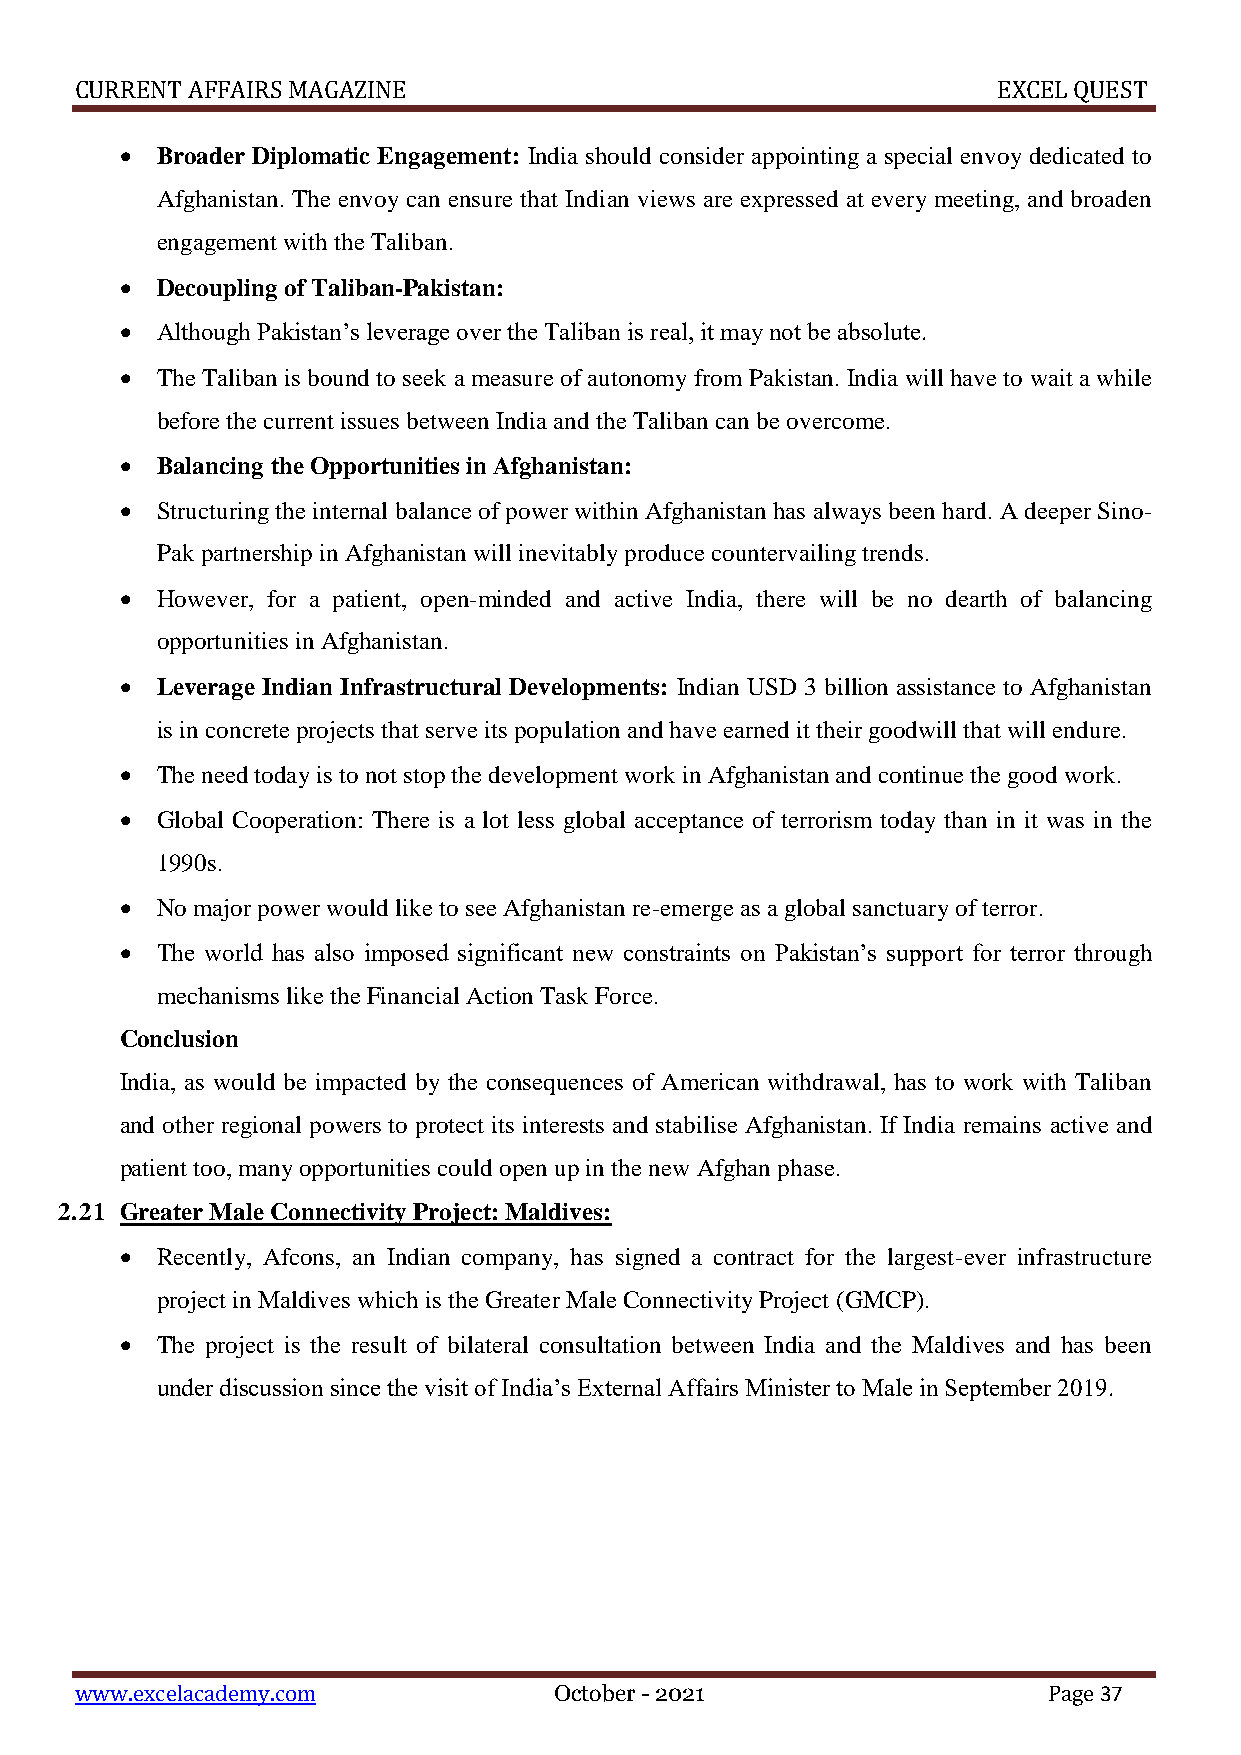
CURRENT AFFAIRS MAGAZINE                                     EXCEL QUEST
  Broader Diplomatic Engagement: India should consider appointing a special envoy dedicated to
 Afghanistan. The envoy can ensure that Indian views are expressed at every meeting, and broaden
 engagement with the Taliban.
  Decoupling of Taliban-Pakistan:
  Although Pakistan’s leverage over the Taliban is real, it may not be absolute.
  The Taliban is bound to seek a measure of autonomy from Pakistan. India will have to wait a while
 before the current issues between India and the Taliban can be overcome.
  Balancing the Opportunities in Afghanistan:
  Structuring the internal balance of power within Afghanistan has always been hard. A deeper Sino-
 Pak partnership in Afghanistan will inevitably produce countervailing trends.
  However, for a patient, open-minded and active India, there will be no dearth of balancing
 opportunities in Afghanistan.
  Leverage Indian Infrastructural Developments: Indian USD 3 billion assistance to Afghanistan
 is in concrete projects that serve its population and have earned it their goodwill that will endure.
  The need today is to not stop the development work in Afghanistan and continue the good work.
  Global Cooperation: There is a lot less global acceptance of terrorism today than in it was in the
 1990s.
  No major power would like to see Afghanistan re-emerge as a global sanctuary of terror.
  The world has also imposed significant new constraints on Pakistan’s support for terror through
 mechanisms like the Financial Action Task Force.
 Conclusion
 India, as would be impacted by the consequences of American withdrawal, has to work with Taliban
 and other regional powers to protect its interests and stabilise Afghanistan. If India remains active and
 patient too, many opportunities could open up in the new Afghan phase.
 2.21 Greater Male Connectivity Project: Maldives:
  Recently, Afcons, an Indian company, has signed a contract for the largest-ever infrastructure
 project in Maldives which is the Greater Male Connectivity Project (GMCP).
  The project is the result of bilateral consultation between India and the Maldives and has been
 under discussion since the visit of India’s External Affairs Minister to Male in September 2019.
 www.excelacademy.com            October - 2021                  Page 37